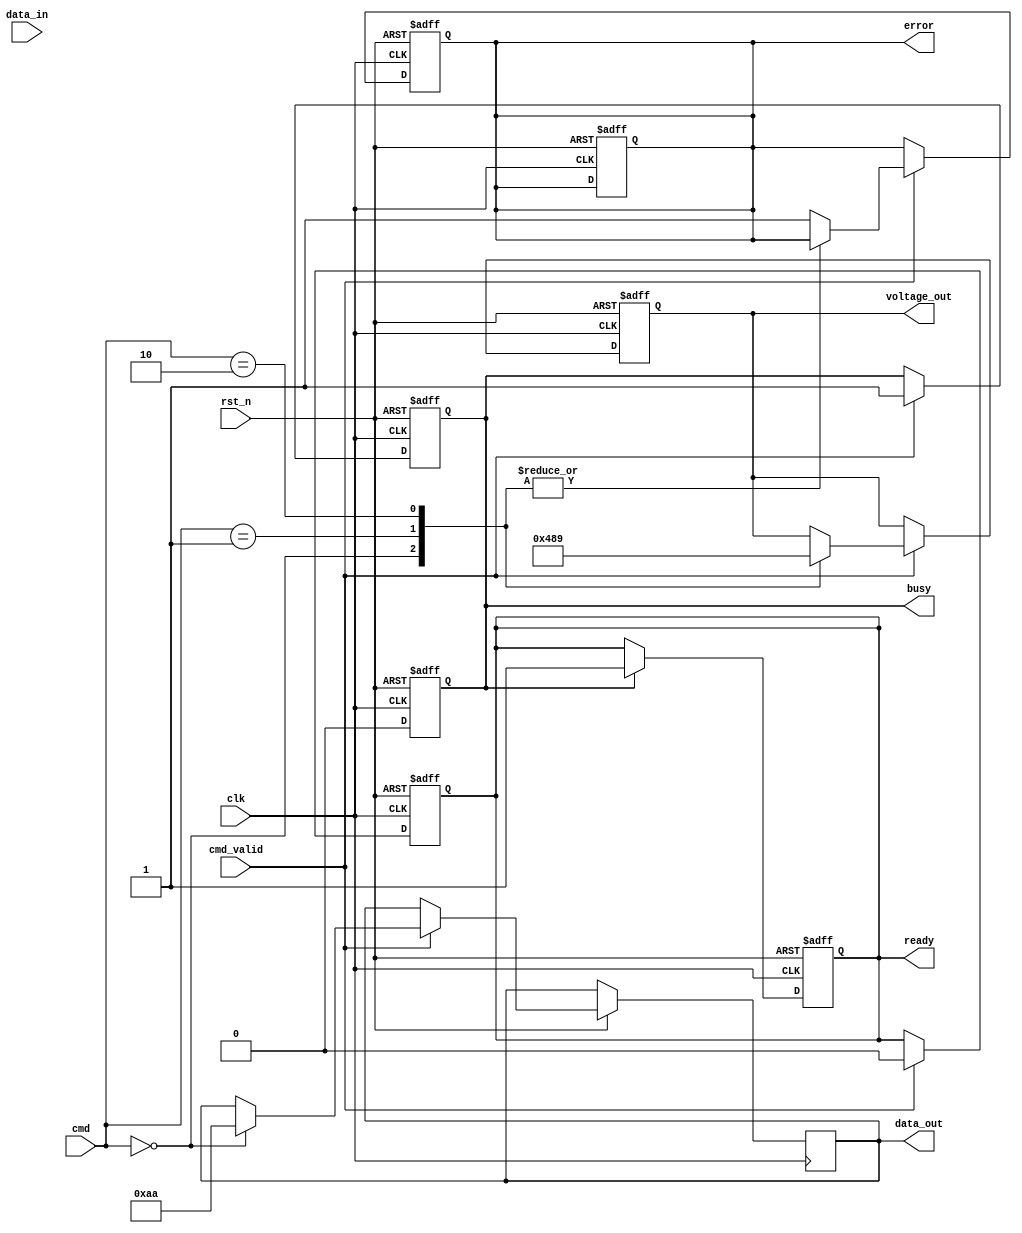
module IO_Block (
    input wire clk,                // Clock input
    input wire rst_n,              // Active low reset
    input wire [7:0] data_in,      // Data input from external controller
    output reg [7:0] data_out,     // Data output to external controller
    input wire cmd_valid,          // Command valid signal
    input wire [2:0] cmd,          // Commands: 0 = Read, 1 = Write, 2 = Erase
    output reg busy,               // Busy status
    output reg ready,              // Ready status
    output reg error,              // Error status
    output reg [3:0] voltage_out   // Voltage level to NAND cells
);

    // Command decoder
    always @(posedge clk or negedge rst_n) begin
        if (!rst_n) begin
            busy <= 0;
            ready <= 1;
            error <= 0;
            voltage_out <= 4'b0000; // Default voltage
        end else begin
            if (cmd_valid) begin
                busy <= 1;
                ready <= 0;
                case (cmd)
                    3'b000: begin // Read Command
                        // Read logic (simplified)
                        data_out <= 8'hAA; // Dummy read data
                        voltage_out <= 4'b0100; // Voltage for read operation
                    end
                    3'b001: begin // Write Command
                        // Write logic (simplified)
                        // Assume data_in is written to NAND
                        voltage_out <= 4'b1000; // Voltage for write operation
                    end
                    3'b010: begin // Erase Command
                        // Erase logic (simplified)
                        voltage_out <= 4'b1001; // Voltage for erase operation
                    end
                    default: begin
                        error <= 1; // Invalid command
                    end
                endcase
            end
        end
    end

    // Status register
    always @(posedge clk or negedge rst_n) begin
        if (!rst_n) begin
            busy <= 0;
            ready <= 1;
            error <= 0;
        end else begin
            if (busy) begin
                // Simulate operation timing (for demonstration)
                #10; // Simulate delay for operation
                busy <= 0;
                ready <= 1;
            end
        end
    end

endmodule